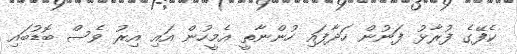
ކެފޭގެ ފުރާޅު ފަނުން ހަދާފައި ހުންނާތީ އެމީހުން އައި އިރު ވެސް ބޮޑުބައި